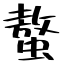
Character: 螯